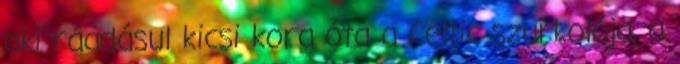
aki ráadásul kicsi kora óta a Celtic szurkolója, a